Calcutta medical institutions reports 1879-81 [i.e.91]
Year: 1879
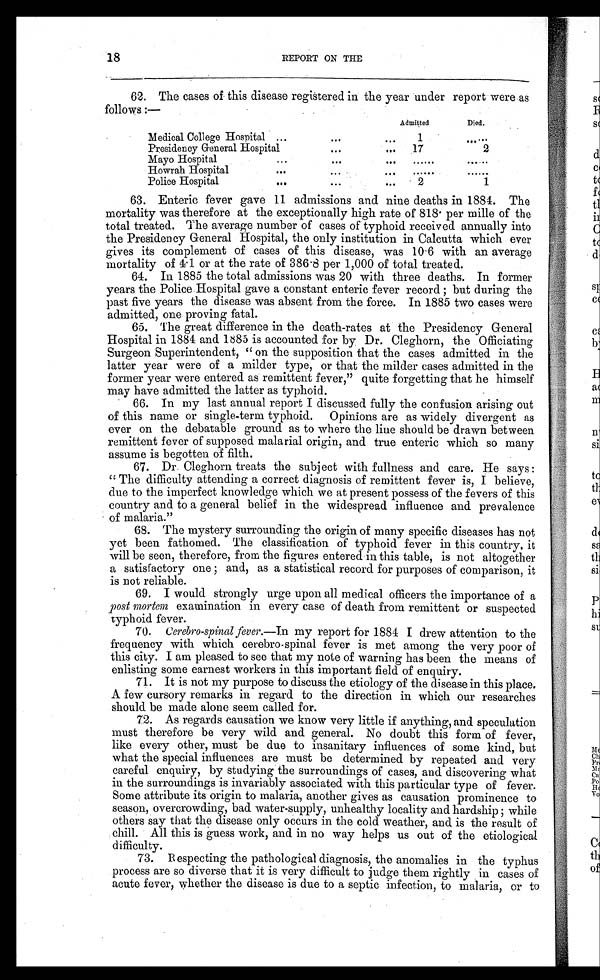
18
REPORT ON THE
62. The cases of this disease registered in the year under report were as
follows:—
Admi t t ed.
Died.
Medical College Hospital
1
. . . . . .
Presidency General Hospital
17
2
Mayo Hospital
......
. . . . . .
Howrah Hospital
. . . . . .
. . . . . .
Police Hospital
2
1
63. Enteric fever gave 11 admissions and nine deaths in 1884. The
mortality was therefore at the exceptionally high rate of 818 per mille of the
total treated. The average number of cases of typhoid received annually into
the Presidency General Hospital, the only institution in Calcutta which ever
gives its complement of cases of this disease, was 10.6 with an average
mortality of 4.1 or at the rate of 386.8 per 1,000 of total treated.
64. In 1885 the total admissions was 20 with three deaths. In former
years the Police Hospital gave a constant enteric fever record; but during the
past five years the disease was absent from the force. In 1885 two cases were
admitted, one proving fatal.
65. The great difference in the death-rates at the Presidency General
Hospital in 1884 and 1885 is accounted for by Dr. Cleghorn, the Officiating
Surgeon Superintendent, "on the supposition that the cases admitted in the
latter year were of a milder type, or that the milder cases admitted in the
former year were entered as remittent fever," quite forgetting that he himself
may have admitted the latter as typhoid.
66. In my last annual report I discussed fully the confusion arising out
of this name or single-term typhoid. Opinions are as widely divergent as
ever on the debatable ground as to where the line should be drawn between
remittent fever of supposed malarial origin, and true enteric which so many
assume is begotten of filth.
67. Dr. Cleghorn treats the subject with fullness and care. He says:
"The difficulty attending a correct diagnosis of remittent fever is, I believe,
due to the imperfect knowledge which we at present possess of the fevers of this
country and to a general belief in the widespread influence and prevalence
of malaria."
68. The mystery surrounding the origin of many specific diseases has not
yet been fathomed. The classification of typhoid fever in this country, it
will be seen, therefore, from the figures entered in this table, is not altogether
a satisfactory one; and, as a statistical record for purposes of comparison, it
is not reliable.
69. I would strongly urge upon all medical officers the importance of a
post mortem examination in every case of death from remittent or suspected
typhoid fever.
70. Cerebro-spinal fever.—In my report for 1884 I drew attention to the
frequency with which cerebro-spinal fever is met among the very poor of
this city. I am pleased to see that my note of warning has been the means of
enlisting some earnest workers in this important field of enquiry.
71. It is not my purpose to discuss the etiology of the disease in this place.
A few cursory remarks in regard to the direction in which our researches
should be made alone seem called for.
72. As regards causation we know very little if anything, and speculation
must therefore be very wild and general. No doubt this form of fever,
like every other, must be due to insanitary influences of some kind, but
what the special influences are must be determined by repeated and very
careful enquiry, by studying the surroundings of cases, and discovering what
in the surroundings is invariably associated with this particular type of fever.
Some attribute its origin to malaria, another gives as causation prominence to
season, overcrowding, bad water-supply, unhealthy locality and hardship; while
others say that the disease only occurs in the cold weather, and is the result of
chill. All this is guess work, and in no way helps us out of the etiological
difficulty.
73. Respecting the pathological diagnosis, the anomalies in the typhus
process are so diverse that it is very difficult to judge them rightly in cases of
acute fever, whether the disease is due to a septic infection, to malaria, or to